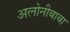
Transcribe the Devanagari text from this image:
अलोनीबाबा